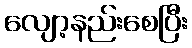
လျော့နည်းစေပြီး